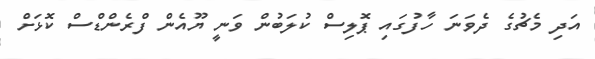
އަދި މެޗުގެ ދެވަނަ ހާފުގައި ޕޮލިސް ކުލަބުން ވަނީ ޔޫއެން ފްރެންޑްސް ކޮޅަށް